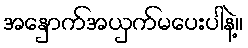
အနှောက်အယှက်မပေးပါနဲ့။